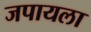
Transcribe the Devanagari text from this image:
जपायला